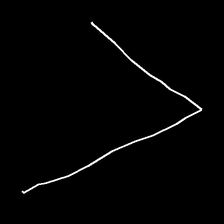
Glyph: region